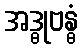
အဒ္ဓုဗန္ဓံ